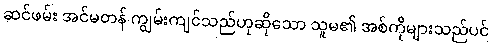
ဆင်ဖမ်း အင်မတန် ကျွမ်းကျင်သည်ဟုဆိုသော သူမ၏ အစ်ကိုများသည်ပင်